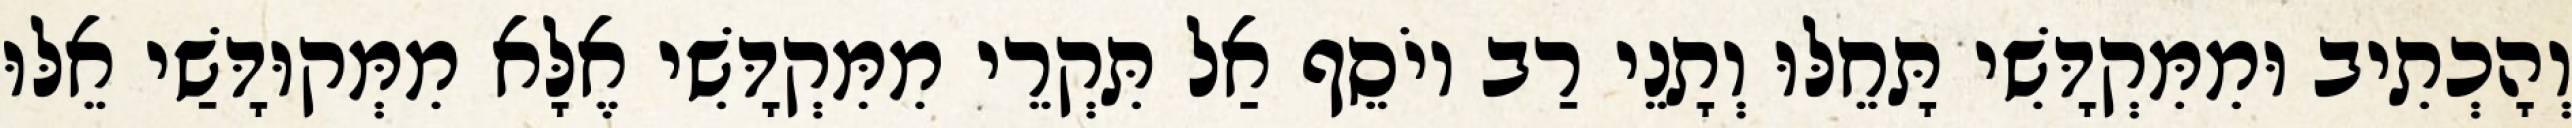
וְהָכְתִיב וּמִמִּקְדָּשִׁי תָּחֵלּוּ וְתָנֵי רַב יוֹסֵף אַל תִּקְרֵי מִמִּקְדָּשִׁי אֶלָּא מִמְּקוּדָּשַׁי אֵלּוּ